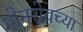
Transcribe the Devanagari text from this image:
मोनरोयच्या